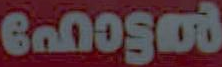
ഹോട്ടൽ